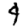
Digit: 4